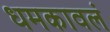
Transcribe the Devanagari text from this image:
धमकावलं